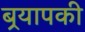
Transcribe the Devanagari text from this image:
बर्‍यापकी